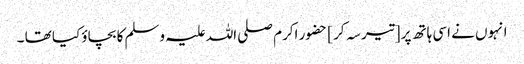
انہوں نے اسی ہاتھ پر [تیر سہ کر ] حضور اکرم صلی اللہ علیہ وسلم کا بچاؤ کیا تھا ۔